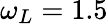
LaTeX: \omega_{L}=1.5